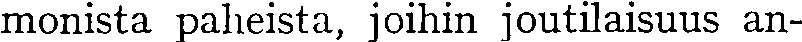
monista paheista, joihin joutilaisuus an-